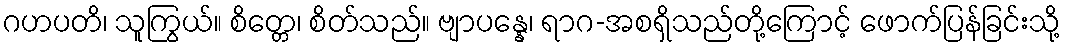
ဂဟပတိ၊ သူကြွယ်။ စိတ္တေ၊ စိတ်သည်။ ဗျာပန္နေ၊ ရာဂ-အစရှိသည်တို့ကြောင့် ဖောက်ပြန်ခြင်းသို့